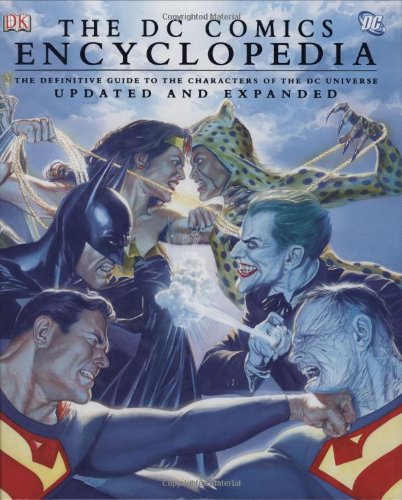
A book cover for The DC Comics Encyclopedia, Updated and Expanded Edition; Michael Teitelbaum; Comics & Graphic Novels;